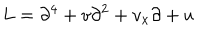
L = \partial ^ { 4 } + v \partial ^ { 2 } + v _ { x } \partial + u